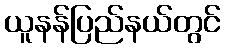
ယူနန်ပြည်နယ်တွင်